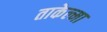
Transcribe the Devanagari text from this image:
ताकेल्मा